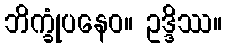
ဘိက္ခုံပနေဝ။ ဥဒ္ဒိဿ။